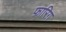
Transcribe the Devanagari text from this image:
फ़ारिग़